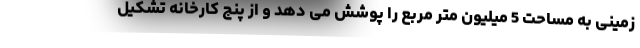
زمینی به مساحت 5 میلیون متر مربع را پوشش می دهد و از پنج کارخانه تشکیل